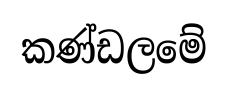
කණ්ඩලමේ